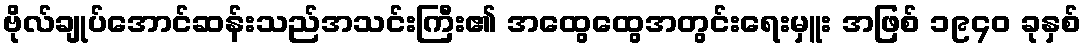
ဗိုလ်ချုပ်အောင်ဆန်းသည်အသင်းကြီး၏ အထွေထွေအတွင်းရေးမှူး အဖြစ် ၁၉၄၀ ခုနှစ်